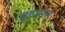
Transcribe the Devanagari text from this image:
बूटाराम